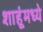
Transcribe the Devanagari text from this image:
शाहूंमध्ये